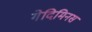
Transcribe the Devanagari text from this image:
गेदिमिनस